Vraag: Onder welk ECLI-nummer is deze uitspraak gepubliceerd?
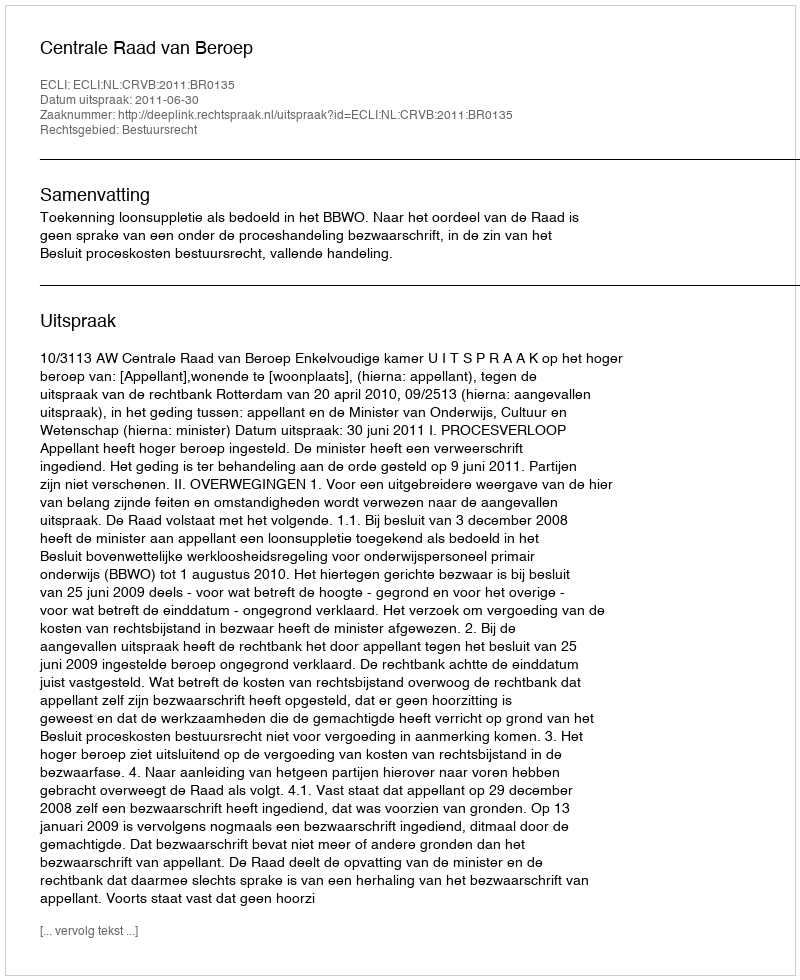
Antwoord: ECLI:NL:CRVB:2011:BR0135